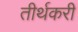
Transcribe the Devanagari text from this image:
तीर्थकरी